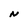
Character: N